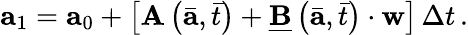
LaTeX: \mathbf{a}_{1}=\mathbf{a}_{0}+\left[\mathbf{A}\left(\bar{\mathbf{a}},\bar{t}\right)+\underline{{\mathbf{B}}}\left(\bar{\mathbf{a}},\bar{t}\right)\cdot\mathbf{w}\right]\, \Delta t\, .